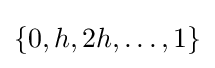
\{0,h,2h,\ldots ,1\}